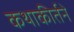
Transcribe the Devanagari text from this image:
कथाकीर्तने